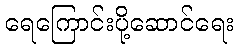
ရေကြောင်းပို့ဆောင်ရေး